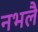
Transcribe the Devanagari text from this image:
नभलै